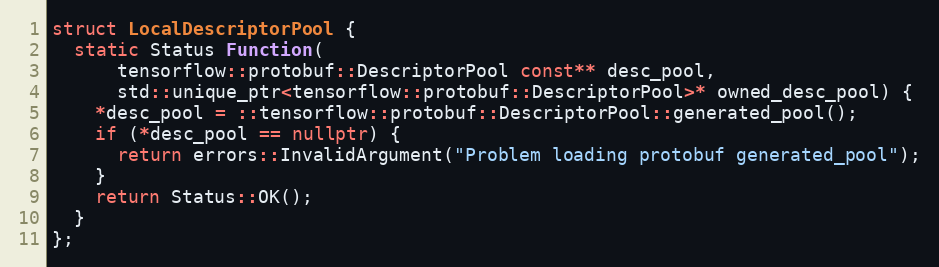
Language: C++
struct LocalDescriptorPool {
  static Status Function(
      tensorflow::protobuf::DescriptorPool const** desc_pool,
      std::unique_ptr<tensorflow::protobuf::DescriptorPool>* owned_desc_pool) {
    *desc_pool = ::tensorflow::protobuf::DescriptorPool::generated_pool();
    if (*desc_pool == nullptr) {
      return errors::InvalidArgument("Problem loading protobuf generated_pool");
    }
    return Status::OK();
  }
};